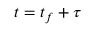
t = t _ { f } + \tau